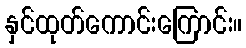
နှင်ထုတ်ကောင်းကြောင်း။